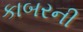
કાબરની